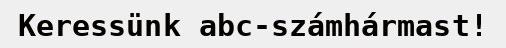
Keressünk abc-számhármast!